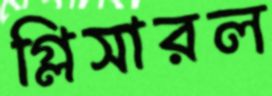
গ্লিসারল